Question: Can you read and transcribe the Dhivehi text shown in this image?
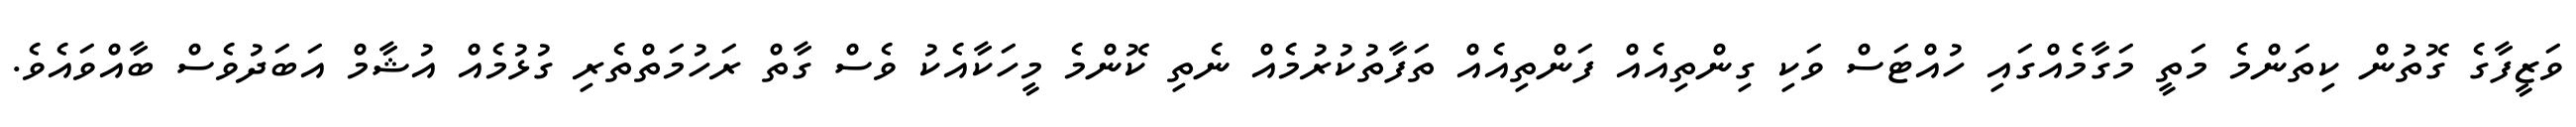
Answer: ވަޒީފާގެ ގޮތުން ކިތަންމެ މަތީ މަގާމެއްގައި ހުއްޓަސް ވަކި ގިންތިއެއް ފަންތިއެއް ތަފާތުކުރުމެއް ނެތި ކޮންމެ މީހަކާއެކު ވެސް ގާތް ރަހުމަތްތެރި ގުޅުމެއް އުޝާމް އަބަދުވެސް ބާއްވައެވެ.